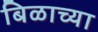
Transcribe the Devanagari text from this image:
बिळाच्या